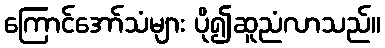
ကြောင်အော်သံများ ပို၍ဆူညံလာသည်။